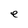
Character: e